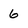
Character: 6